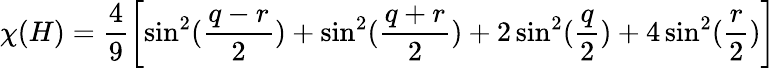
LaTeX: \chi(H)=\frac 49\left[\sin^{2}(\frac{q-r}2)+\sin^{2}(\frac{q+r}2)+2\sin^{2}(\frac q2)+4\sin^{2}(\frac r2)\right]